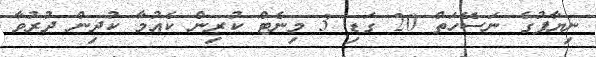
ނިޔާފުގެ ނަސޭހަތް 20 ގަޑި 3 މިނެޓް ކުރިން ކެއުމާ ކުދިން ދުރުވާ